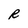
Character: R